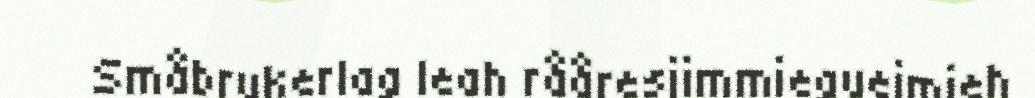
Småbrukerlag leah rååresjimmieguejmieh